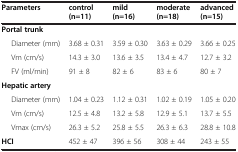
| Parameters | control (n=11) | mild (n=16) | moderate (n=18) | advanced (n=15) |
 | --- | --- | --- | --- | --- |
 | <COLSPAN=5> Portal trunk |
 | Diameter (mm) | 3.68 ± 0.31 | 3.59 ± 0.30 | 3.63 ± 0.29 | 3.66 ± 0.25 |
 | Vm (cm/s) | 14.3 ± 3.0 | 13.6 ± 3.5 | 13.4 ± 4.7 | 12.7 ± 3.2 |
 | FV (ml/min) | 91 ± 8 | 82 ± 6 | 83 ± 6 | 80 ± 7 |
 | <COLSPAN=5> Hepatic artery |
 | Diameter (mm) | 1.04 ± 0.23 | 1.12 ± 0.31 | 1.02 ± 0.19 | 1.05 ± 0.20 |
 | Vm (cm/s) | 12.5 ± 4.8 | 13.2 ± 5.8 | 12.9 ± 5.1 | 13.7 ± 5.5 |
 | Vmax (cm/s) | 26.3 ± 5.2 | 25.8 ± 5.5 | 26.3 ± 6.3 | 28.8 ± 10.8 |
 | HCI | 452 ± 47 | 396 ± 56 | 308 ± 44 | 243 ± 55 |